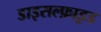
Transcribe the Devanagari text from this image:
डाइसल्फ़ाइ़ड